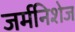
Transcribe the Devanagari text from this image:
जर्मनिशेज